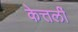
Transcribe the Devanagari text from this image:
केत्तर्ली